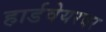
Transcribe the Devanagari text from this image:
हार्डवेयरवर